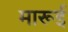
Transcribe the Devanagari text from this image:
मारूई